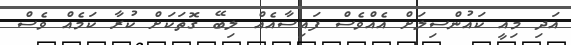
އަދި މިއީ ކައުންސިލަށް އެއްވެސް ފައިސާއެއް ލިބޭ ގޮތަކަށް ކުރާ ކަމެއް ވެސް